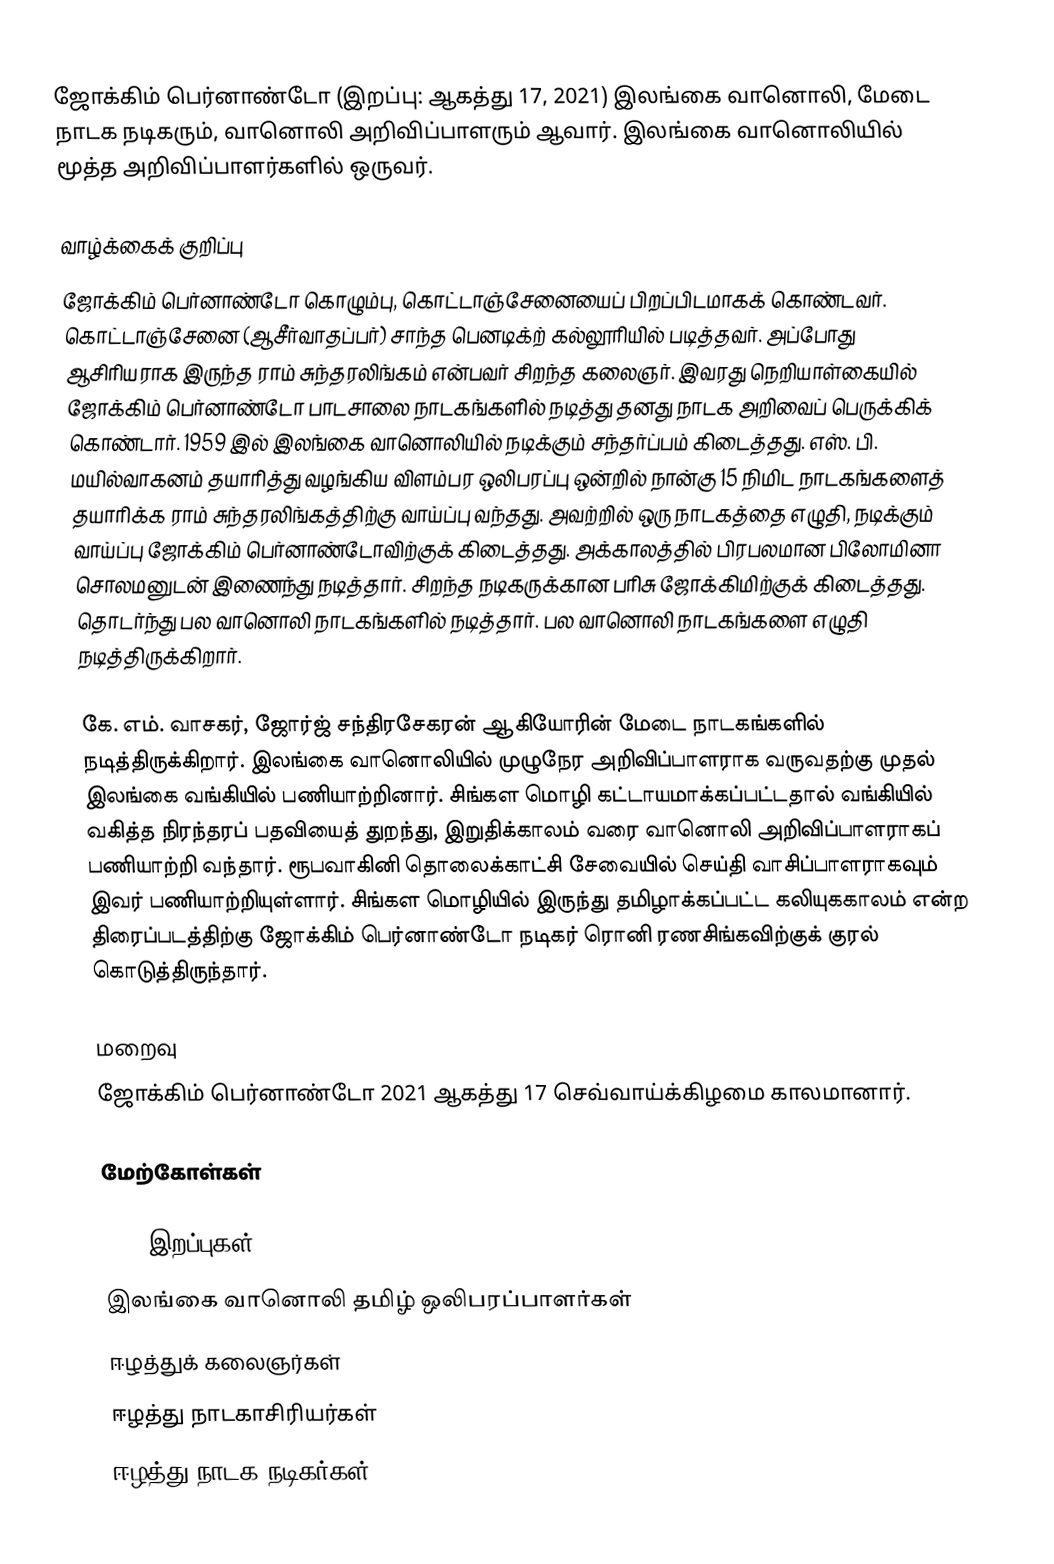
ஜோக்கிம் பெர்னாண்டோ (இறப்பு: ஆகத்து 17, 2021) இலங்கை வானொலி, மேடை நாடக நடிகரும், வானொலி அறிவிப்பாளரும் ஆவார். இலங்கை வானொலியில் மூத்த அறிவிப்பாளர்களில் ஒருவர்.

வாழ்க்கைக் குறிப்பு
ஜோக்கிம் பெர்னாண்டோ கொழும்பு, கொட்டாஞ்சேனையைப் பிறப்பிடமாகக் கொண்டவர். கொட்டாஞ்சேனை (ஆசீர்வாதப்பர்) சாந்த பெனடிக்ற் கல்லூரியில் படித்தவர். அப்போது ஆசிரியராக இருந்த ராம் சுந்தரலிங்கம் என்பவர் சிறந்த கலைஞர். இவரது நெறியாள்கையில் ஜோக்கிம் பெர்னாண்டோ பாடசாலை நாடகங்களில் நடித்து தனது நாடக அறிவைப் பெருக்கிக் கொண்டார். 1959 இல் இலங்கை வானொலியில் நடிக்கும் சந்தர்ப்பம் கிடைத்தது. எஸ். பி. மயில்வாகனம் தயாரித்து வழங்கிய விளம்பர ஒலிபரப்பு ஒன்றில் நான்கு 15 நிமிட நாடகங்களைத் தயாரிக்க ராம் சுந்தரலிங்கத்திற்கு வாய்ப்பு வந்தது. அவற்றில் ஒரு நாடகத்தை எழுதி, நடிக்கும் வாய்ப்பு ஜோக்கிம் பெர்னாண்டோவிற்குக் கிடைத்தது. அக்காலத்தில் பிரபலமான பிலோமினா சொலமனுடன் இணைந்து நடித்தார். சிறந்த நடிகருக்கான பரிசு ஜோக்கிமிற்குக் கிடைத்தது. தொடர்ந்து பல வானொலி நாடகங்களில் நடித்தார். பல வானொலி நாடகங்களை எழுதி நடித்திருக்கிறார்.

கே. எம். வாசகர், ஜோர்ஜ் சந்திரசேகரன் ஆகியோரின் மேடை நாடகங்களில் நடித்திருக்கிறார். இலங்கை வானொலியில் முழுநேர அறிவிப்பாளராக வருவதற்கு முதல் இலங்கை வங்கியில் பணியாற்றினார். சிங்கள மொழி கட்டாயமாக்கப்பட்டதால் வங்கியில் வகித்த நிரந்தரப் பதவியைத் துறந்து, இறுதிக்காலம் வரை வானொலி அறிவிப்பாளராகப் பணியாற்றி வந்தார். ரூபவாகினி தொலைக்காட்சி சேவையில் செய்தி வாசிப்பாளராகவும் இவர் பணியாற்றியுள்ளார். சிங்கள மொழியில் இருந்து தமிழாக்கப்பட்ட கலியுககாலம் என்ற திரைப்படத்திற்கு ஜோக்கிம் பெர்னாண்டோ நடிகர் ரொனி ரணசிங்கவிற்குக் குரல் கொடுத்திருந்தார்.

மறைவு
ஜோக்கிம் பெர்னாண்டோ 2021 ஆகத்து 17 செவ்வாய்க்கிழமை காலமானார்.

மேற்கோள்கள்

2021 இறப்புகள்
இலங்கை வானொலி தமிழ் ஒலிபரப்பாளர்கள்
ஈழத்துக் கலைஞர்கள்
ஈழத்து நாடகாசிரியர்கள்
ஈழத்து நாடக நடிகர்கள்